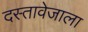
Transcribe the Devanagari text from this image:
दस्तावेजाला